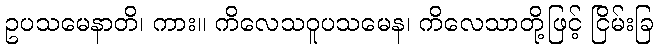
ဥပသမေနာတိ၊ ကား။ ကိလေသဝူပသမေန၊ ကိလေသာတို့ဖြင့် ငြိမ်းခြ